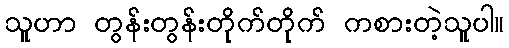
သူဟာ တွန်းတွန်းတိုက်တိုက် ကစားတဲ့သူပါ။